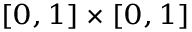
\scriptstyle [ 0 , \, 1 ] \; \times \; [ 0 , \, 1 ]